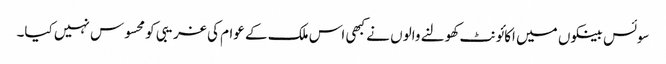
سوئس بینکوں میں اکائونٹ کھولنے والوں نے کبھی اس ملک کے عوام کی غریبی کو محسوس نہیں کیا۔